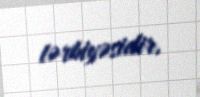
tərbiyəsidir.